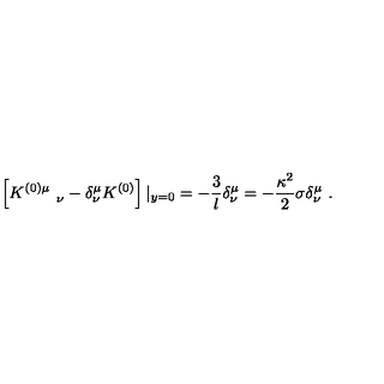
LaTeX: \left[ K _ { \quad \quad \nu } ^ { ( 0 ) \mu } - \delta _ { \nu } ^ { \mu } K ^ { ( 0 ) } \right] | _ { y = 0 } = - { \frac { 3 } { l } } \delta _ { \nu } ^ { \mu } = - { \frac { \kappa ^ { 2 } } { 2 } } \sigma \delta _ { \nu } ^ { \mu } \ .